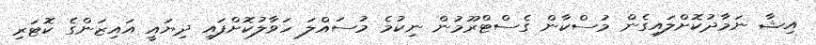
އިޝާ ނަމާދުކޮށްލައިގެން މުސްކާން ގެސްޓްރޫމުން ނިކުމެ މުސައްލަ ހަވާލުކޮށްފައި ދިޔައީ އައިޒަންގެ ކޮޓަރި